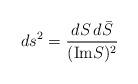
LaTeX: \begin{align*}ds^2 = \frac{dS \, d{\bar S}}{(\mbox{Im} S)^2}\end{align*}